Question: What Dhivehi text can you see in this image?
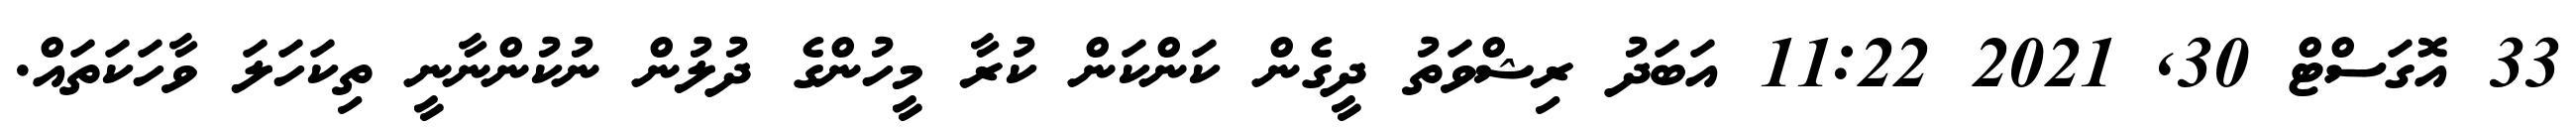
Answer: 33 އޮގަސްޓް 30, 2021 11:22 އަބަދު ރިޝްވަތު ދީގެން ކަންކަން ކުރާ މީހުންގެ ދުލުން ނުކުންނާނީ ތިކަހަލަ ވާހަކަތައް.